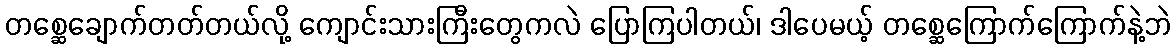
တစ္ဆေချောက်တတ်တယ်လို့ ကျောင်းသားကြီးတွေကလဲ ပြောကြပါတယ်၊ ဒါပေမယ့် တစ္ဆေကြောက်ကြောက်နဲ့ဘဲ